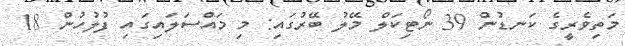
މަތިވެރީގެ ކަނޑުން 39 ނޯޓިކަލް މޭލު ބޭރުގައި: މި މައްސަލައިގައި ފުލުހުން 18